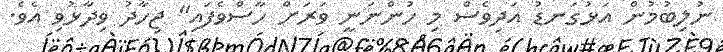
ނުލިބުމުން އަޅުގަނޑު އަދިވެސް މި ހުންނަނީ ވަރަށް ހާސްވެފައި" ޖިހާދު ވިދާޅުވި އެވެ.